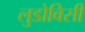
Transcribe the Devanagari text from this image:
लुडोविसी